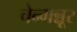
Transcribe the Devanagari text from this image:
चेन्गन्नूर